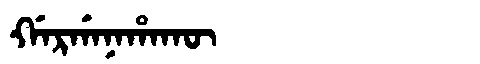
Manchu: ᡤᠠᡵᡤᠠᠨᠠᡥᠠᡴᡡ
Romanization: GARGANAHAKŪ